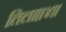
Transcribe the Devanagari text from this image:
तिला।।४।।